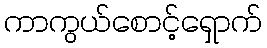
ကာကွယ်စောင့်ရှောက်